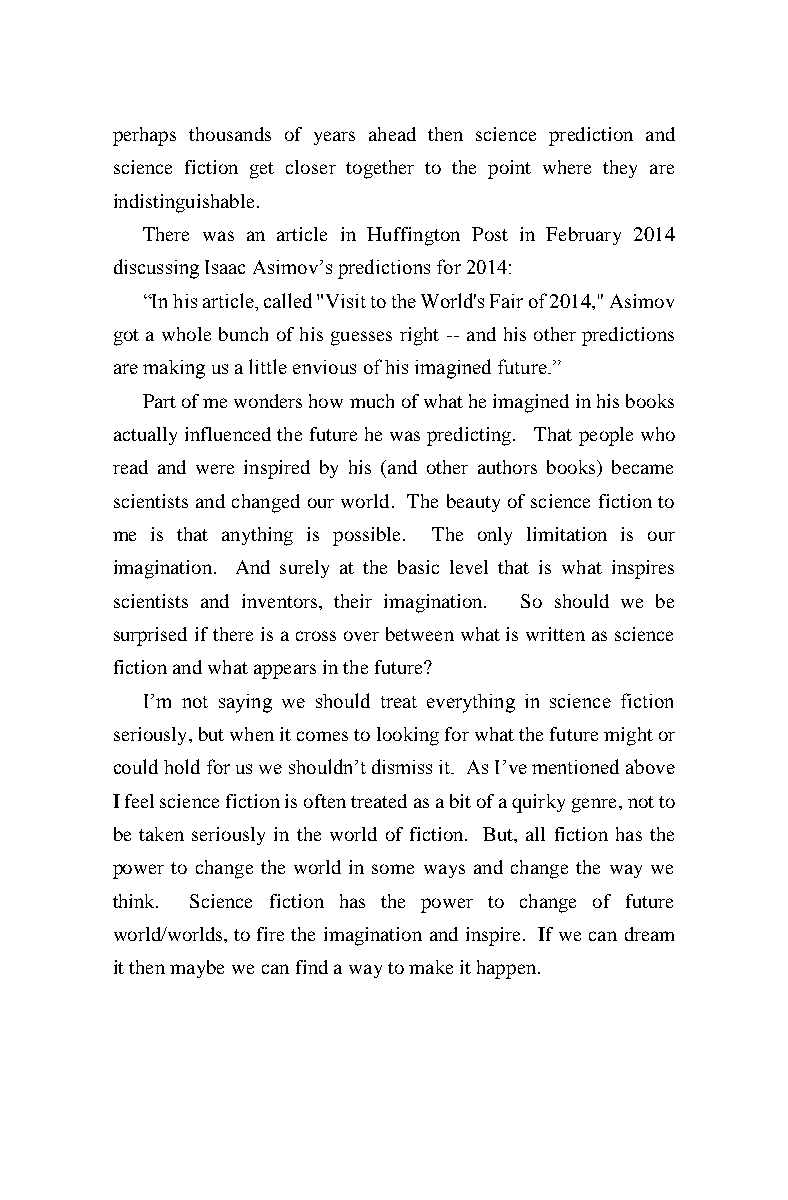
perhaps thousands of years ahead then science prediction and
 science fiction get closer together to the point where they are
 indistinguishable.
 There was an article in Huffington Post in February 2014
 discussing Isaac Asimov’s predictions for 2014:
 “In his article, called "Visit to the World's Fair of 2014," Asimov
 got a whole bunch of his guesses right -- and his other predictions
 are making us a little envious of his imagined future.”
 Part of me wonders how much of what he imagined in his books
 actually influenced the future he was predicting. That people who
 read and were inspired by his (and other authors books) became
 scientists and changed our world. The beauty of science fiction to
 me is that anything is possible. The only limitation is our
 imagination. And surely at the basic level that is what inspires
 scientists and inventors, their imagination. So should we be
 surprised if there is a cross over between what is written as science
 fiction and what appears in the future?
 I’m not saying we should treat everything in science fiction
 seriously, but when it comes to looking for what the future might or
 could hold for us we shouldn’t dismiss it. As I’ve mentioned above
 I feel science fiction is often treated as a bit of a quirky genre, not to
 be taken seriously in the world of fiction. But, all fiction has the
 power to change the world in some ways and change the way we
 think. Science fiction has the power to change of future
 world/worlds, to fire the imagination and inspire. If we can dream
 it then maybe we can find a way to make it happen.